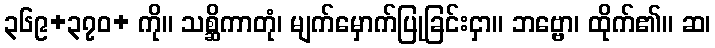
၃၆၉+၃၇၀+ ကို။ သစ္ဆိကာတုံ၊ မျက်မှောက်ပြုခြင်းငှာ။ ဘဗ္ဗော၊ ထိုက်၏။ ဆ၊